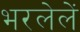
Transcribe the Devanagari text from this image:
भरलेलें